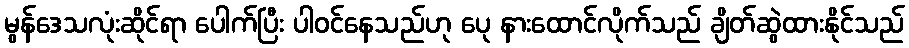
မွန်ဒေသလုံးဆိုင်ရာ ပေါက်ပြီး ပါဝင်နေသည်ဟု ပေု နားထောင်လိုက်သည် ချိတ်ဆွဲထားနိုင်သည်